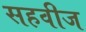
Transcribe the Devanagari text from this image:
सहवीज